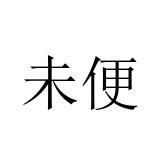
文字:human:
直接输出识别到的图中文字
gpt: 未便